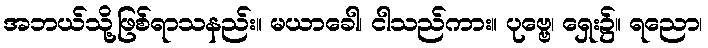
အဘယ်သို့ဖြစ်ရာသနည်း။ မယာခေါ၊ ငါသည်ကား။ ပုဗ္ဗေ၊ ရှေး၌။ ရညော၊